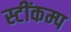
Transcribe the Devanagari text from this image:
स्टींकम्प